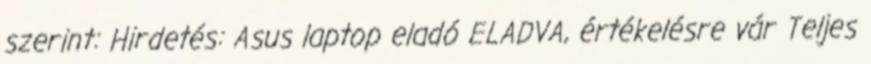
szerint: Hirdetés: Asus laptop eladó ELADVA, értékelésre vár Teljes